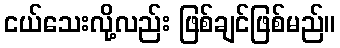
ငယ်သေးလို့လည်း ဖြစ်ချင်ဖြစ်မည်။